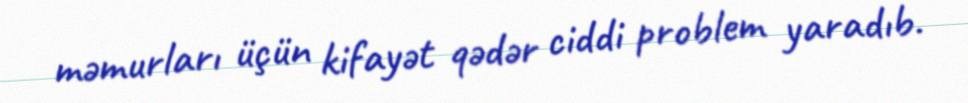
məmurları üçün kifayət qədər ciddi problem yaradıb.